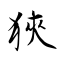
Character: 狹